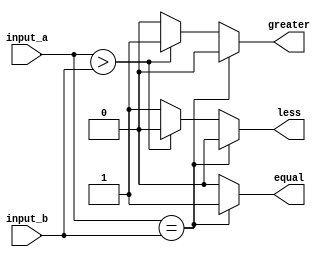
module parameterized_comparator #(
    parameter N = 8  // Default width is set to 8 bits
) (
    input  [N-1:0] input_a,  // First input
    input  [N-1:0] input_b,  // Second input
    output reg equal,         // Output signal for equality
    output reg greater,       // Output signal for greater than
    output reg less           // Output signal for less than
);

always @(*) begin
    // Default values
    equal = 0;
    greater = 0;
    less = 0;

    // Compare the inputs
    if (input_a == input_b) begin
        equal = 1;
    end else if (input_a > input_b) begin
        greater = 1;
    end else begin
        less = 1;
    end
end

endmodule